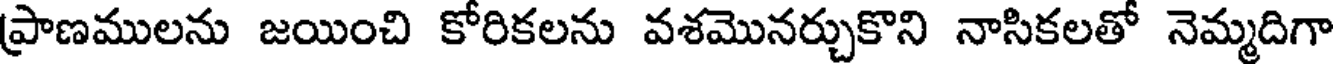
ప్రాణములను జయించి కోరికలను వశమొనర్చుకొని నాసికలతో నెమ్మదిగా